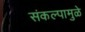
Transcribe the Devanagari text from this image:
संकल्पामुळे